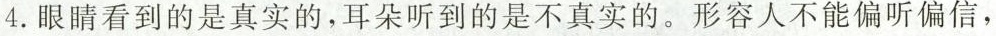
4.眼睛看到的是真实的，耳朵听到的是不真实的。形容人不能偏听偏信，